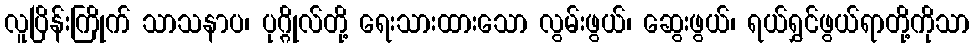
လူပြိန်းကြိုက် သာသနာပ၊ ပုဂ္ဂိုလ်တို့ ရေးသားထားသော လွမ်းဖွယ်၊ ဆွေးဖွယ်၊ ရယ်ရွှင်ဖွယ်ရာတို့ကိုသာ